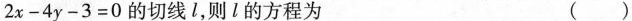
2 x - 4 y - 3 = 0$$ 的切线l，则l的方程为 ()